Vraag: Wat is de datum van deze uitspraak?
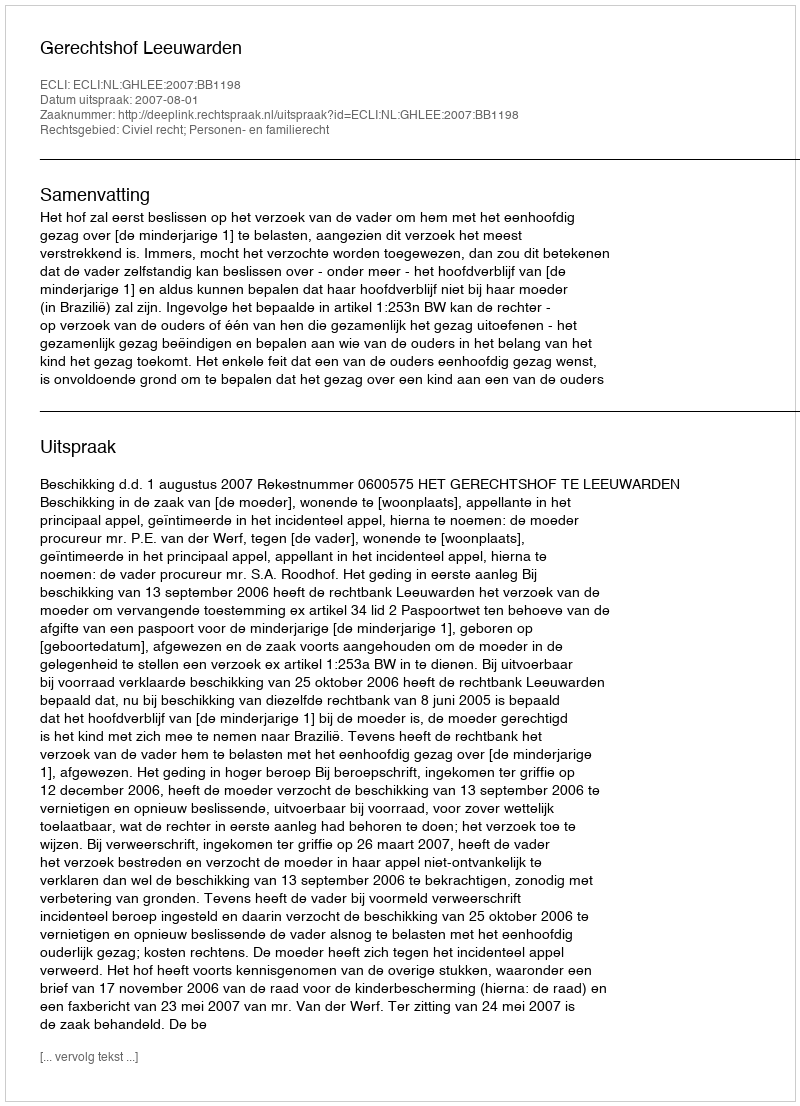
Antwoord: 2007-08-01